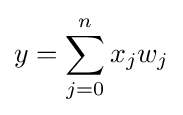
y=\sum _{j=0}^{n}x_{j}w_{j}